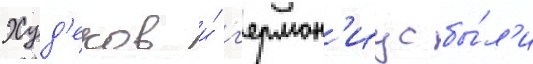
Худ'еков и́ г'ермон'иус бы́л'и